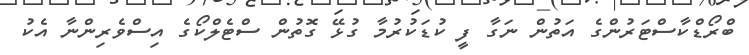
ބްރޯޑްކާސްޓަރުންގެ އަތުން ނަގާ ފީ ކުޑަކުރުމާ ގުޅޭ ގޮތުން ސްޓެލްކޯގެ އިސްވެރިންނާ އެކު